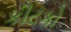
કીટકો